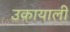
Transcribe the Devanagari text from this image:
उकायाली